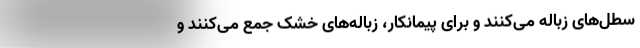
سطل‌های زباله می‌کنند و برای پیمانکار، زباله‌های خشک جمع می‌کنند و